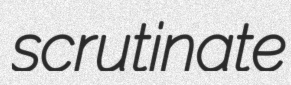
scrutinate